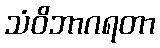
သံဝိဘာဂရတာ